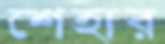
শেহার